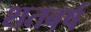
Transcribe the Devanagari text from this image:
शतबर्ष